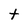
Character: t